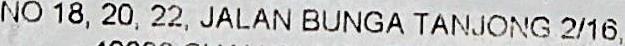
NO 18, 20, 22, JALAN BUNGA TANJONG 2/16,